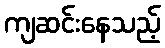
ကျဆင်းနေသည့်